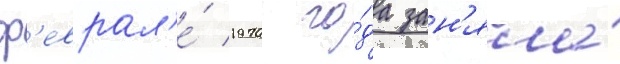
ф'еврал'е́ 1970 го́да зан'яла́